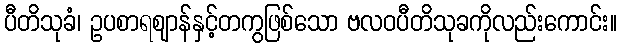
ပီတိသုခံ၊ ဥပစာရဈာန်နှင့်တကွဖြစ်သော ဗလဝပီတိသုခကိုလည်းကောင်း။